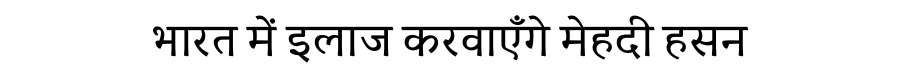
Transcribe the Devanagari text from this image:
भारत में इलाज करवाएँगे मेहदी हसन